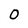
Character: O